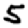
Digit: 5